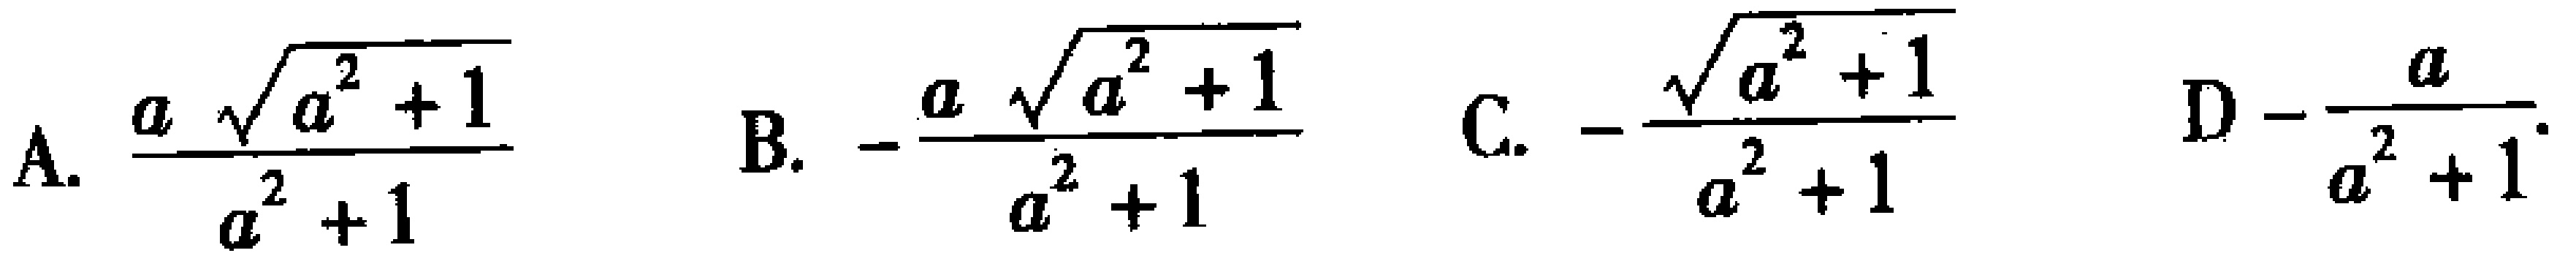
A. $\frac{a\sqrt{a^{2}+1}}{a^{2}+1}$  B. $-\frac{a\sqrt{a^{2}+1}}{a^{2}+1}$  C. $-\frac{\sqrt{a^{2}+1}}{a^{2}+1}$  D $-\frac{a}{a^{2}+1}$